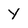
Character: Y